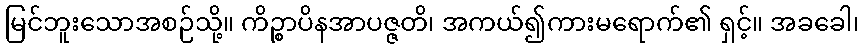
မြင်ဘူးသောအစဉ်သို့။ ကိဉ္စာပိနအာပဇ္ဇတိ၊ အကယ်၍ကားမရောက်၏ ရှင့်။ အခခေါ၊